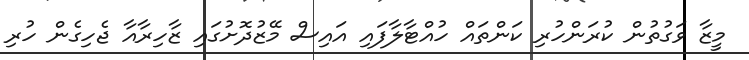
މީޒާ ވަގުތުން ކުރަންހުރި ކަންތައް ހުއްޓާލާފައި އައިސް މޭޒުދޮށުގައި ޒާހިރާއާ ޖެހިގެން ހުރި